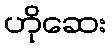
ဟိုဆေး